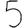
Digit: 5